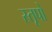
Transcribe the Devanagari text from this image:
स्‍तूपो